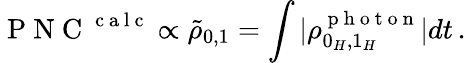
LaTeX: \mathrm{~P~N~C~}^{\mathrm{~c~a~l~c~}}\propto\tilde{\rho}_{0,1}=\int|\rho_{0_{H},1_{H}}^{\mathrm{~p~h~o~t~o~n~}}|dt\, .